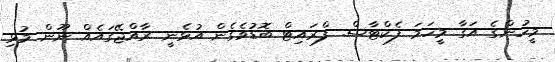
މީހުންގެ އަގާ މީހަމަ ފެކްޓާސް. ފްރައިޓް ބޮޑުވެގެން އުޅެނީ ރާއްޖޭގައެއް ނޫން މުޅި